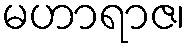
မဟာရာဇ၊